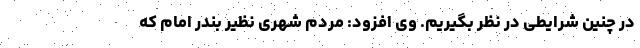
در چنین شرایطی در نظر بگیریم. وی افزود: مردم شهری نظیر بندر امام که